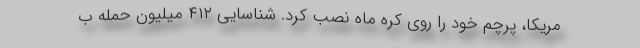
مریکا، پرچم خود را روی کره ماه نصب کرد. شناسایی ۴۱۲ میلیون حمله ب